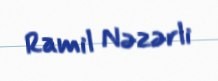
Ramil Nəzərli